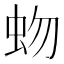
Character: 𧉚